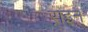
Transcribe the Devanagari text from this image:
ऱाइन